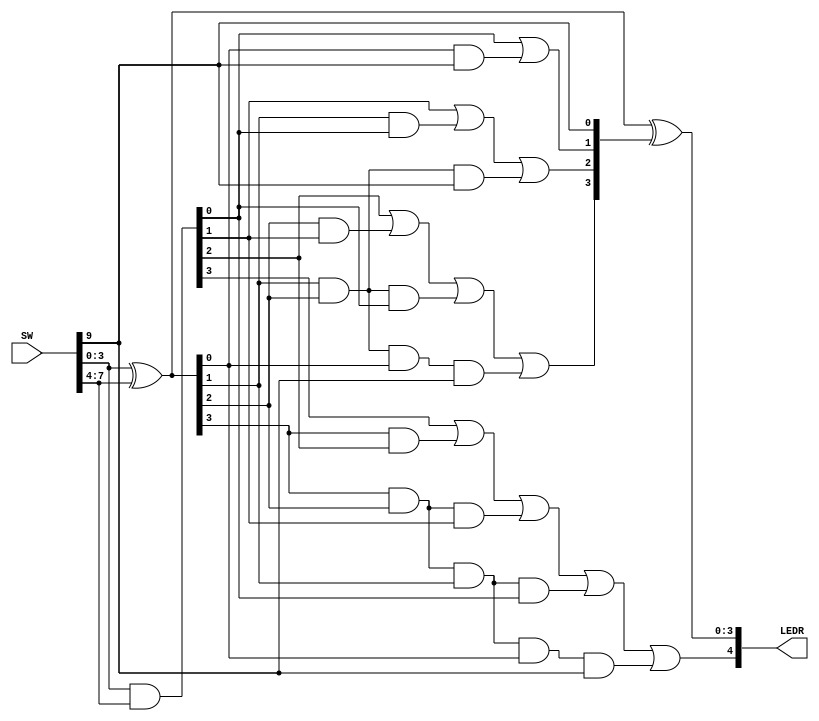
module lab3_3(LEDR, SW);
	output [4:0] LEDR; 
	input [9:0] SW;

	wire [3:0]G, P, C;

	assign P = SW[3:0]^SW[7:4];
	assign G = SW[3:0]&SW[7:4];

	assign C[0] = SW[9];
	assign C[1] = G[0] | (P[0]&SW[9]);
	assign C[2] = G[1] | (P[1]&G[0]) | (P[1]&P[2]&SW[9]);
	assign C[3] = G[2] | (P[2]&G[1]) | (P[2]&P[1]&G[0]) | (P[2]&P[1]&P[0]&SW[9]);
	assign LEDR[4] = G[3] | (P[3]&G[2]) | (P[3]&P[2]&G[1]) | (P[3]&P[2]&P[1]&G[0]) | (P[3]&P[2]&P[1]&P[0]&SW[9]);
	
	assign LEDR[3:0] = P^C;
endmodule